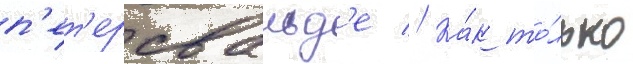
п'ет'ерсвальд'е // Ка́к то́лько